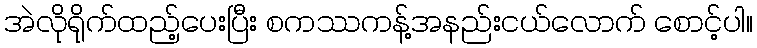
အဲလိုရိုက်ထည့်ပေးပြီး စကဿကန့်အနည်းငယ်လောက် စောင့်ပါ။